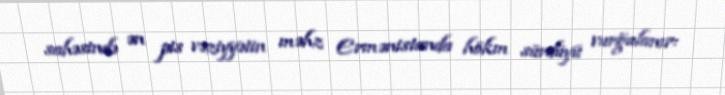
sahəsində ən pis vəziyyətin məhz Ermənistanda hökm sürdüyü vurğulanır: